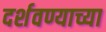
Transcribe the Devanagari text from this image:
दर्शवण्याच्या